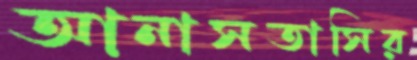
আনাসতাসির